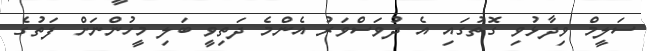
ސަލީމް ވިދާޅުވި ގޮތުގައި އެ ދުވަސްވަރު އެންމެ ދަތިވީ ބަލި މީހުންނަށް ފަތުގެ